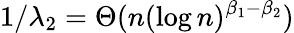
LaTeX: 1/\lambda_{2}=\Theta(n(\log n)^{\beta_{1}-\beta_{2}})